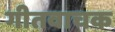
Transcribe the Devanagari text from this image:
गीतवाचक